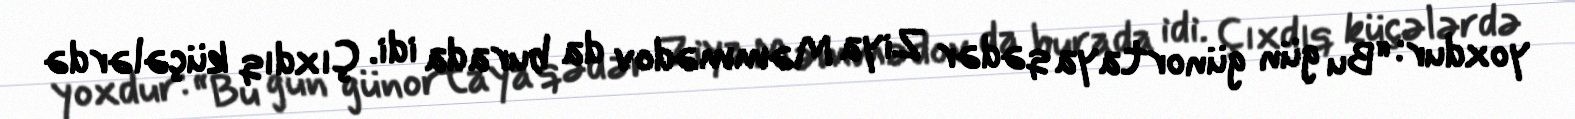
yoxdur: “Bu gün günortaya qədər Ziya Məmmədov da burada idi. Çıxdıq küçələrdə